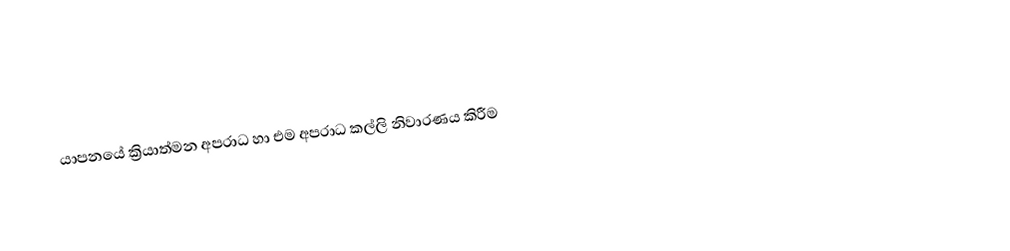
යාපනයේ ක්‍රියාත්මන අපරාධ හා එම අපරාධ කල්ලි නිවාරණය කිරීම